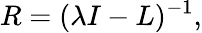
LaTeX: R=(\lambda I-L)^{-1},